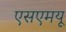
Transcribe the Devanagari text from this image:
एसएमयू